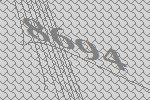
8694